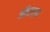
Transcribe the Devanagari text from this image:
ऑस्ट्न